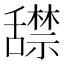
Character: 𬜏